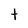
Character: t